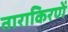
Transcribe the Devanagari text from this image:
ताराकिरणें